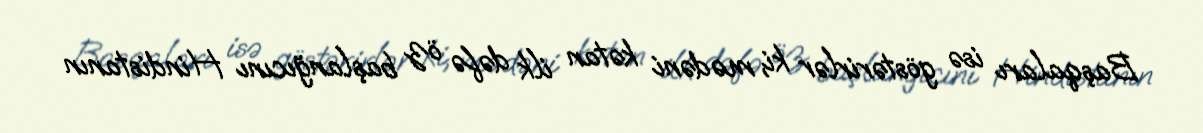
Başqaları isə göstərirlər ki, mədəni kətan ilk dəfə öz başlanğıcını Hindistanın